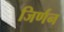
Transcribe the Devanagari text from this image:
जिर्णन